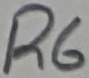
Text: R6